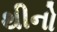
થીનો